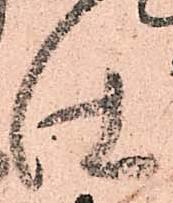
仕